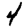
Digit: 4